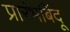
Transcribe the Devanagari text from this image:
प्रारंभबिंदू